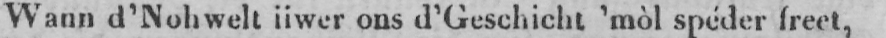
Wann d’Nohwelt iiwer ons d’Geschicht ’mòl spéder freet,